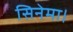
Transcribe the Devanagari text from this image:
सिनेमा।